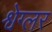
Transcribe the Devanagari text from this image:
श्वेग्लर